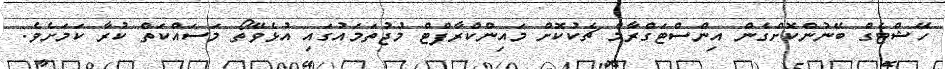
ހޭޝްޓެގް ބޭނުންކޮށްގެން އިންސްޓަގްރާމް ޗެކުކޮށް މައިންކްރާފްޓް މުޖުތަމައުގައި އުޅެވޭތޯ މަސައްކަތް ކުރާ ކަމަށެވެ.